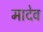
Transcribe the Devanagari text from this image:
मादेव